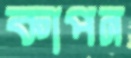
কাপন